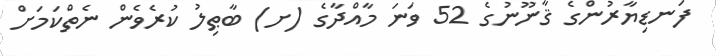
ފަނޑިޔާރުންގެ ޤާނޫނުގެ 52 ވަނަ މާއްދާގެ (ށ) ބާޠިލު ކުރެވެން ނެތްކަމަށް